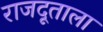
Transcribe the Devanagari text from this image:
राजदूताला